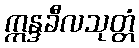
ဣန္ဒခီလသုတ္တံ